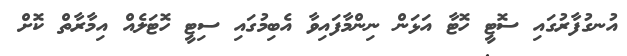
އުނގުފާރުގައި ސޮޓީ ހޮޓާ އަޅަން ނިންމާފައިވާ އެބިމުގައި ސިޓީ ހޮޓަލެއް އިމާރާތް ކޮށް